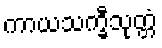
ကာယသက္ခီသုတ္တံ